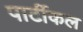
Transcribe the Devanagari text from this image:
पार्टीकल